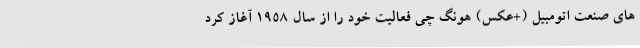
های صنعت اتومبیل (+عکس) هونگ چی فعالیت خود را از سال 1958 آغاز کرد